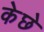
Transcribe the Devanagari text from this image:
केछे